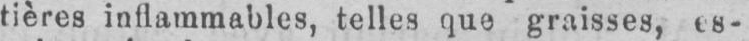
tières inflammables, telles que graisses, es-